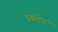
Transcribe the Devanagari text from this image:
इडलेट